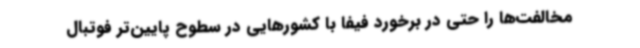
مخالفت‌ها را حتی در برخورد فیفا با کشورهایی در سطوح پایین‌تر فوتبال